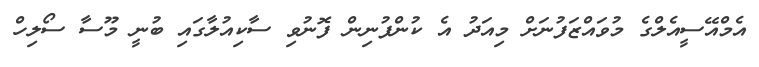
އެމްއޭސީއެލްގެ މުވައްޒަފުނަށް މިއަދު އެ ކުންފުނިން ފޮނުވި ސާކިއުލާގައި ބުނީ މޫސާ ސޯލިހް